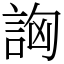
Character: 詾